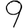
Digit: 9